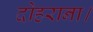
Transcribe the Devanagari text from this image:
दोहराना।